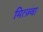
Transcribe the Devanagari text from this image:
मित्ज़्वा